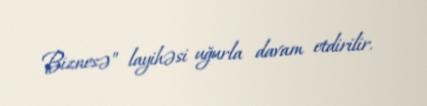
Biznesə” layihəsi uğurla davam etdirilir.